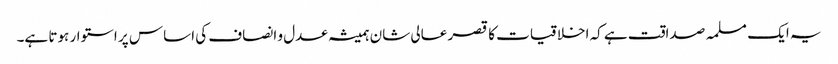
یہ ایک مسلمہ صداقت ہے کہ اخلاقیات کا قصر عالی شان ہمیشہ عدل و انصاف کی اساس پر استوار ہوتا ہے۔